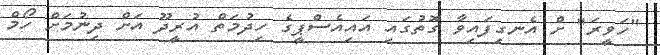
"ހަވީރަ" ށް އެނގިފައިވާ ގޮތުގައި އައިއެސްޕީގެ ހިދުމަތް އުރީދޫ އަށް ދިނުމަށް ހޯމް